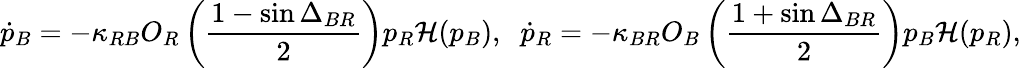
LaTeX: \dot{p}_{B}=-\kappa_{RB}O_{R}\left(\frac{1-\sin\Delta_{BR}}{2}\right)p_{R}\mathcal{H}(p_{B}),\; \; \dot{p}_{R}=-\kappa_{BR}O_{B}\left(\frac{1+\sin\Delta_{BR}}{2}\right)p_{B}\mathcal{H}(p_{R}),